Indian journal of veterinary science and animal husbandry - Volumes 26-27, 1956-1957
Year: 1956
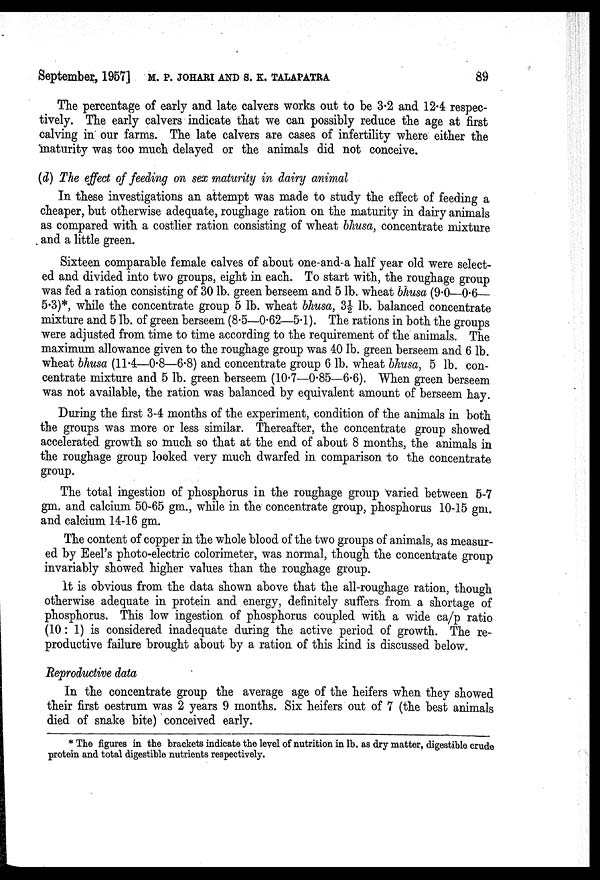
September, 1957] M. P. JOHARI AND S. K. TALAPATRA 89
The percentage of early and late calvers works out to be 3.2 and 12.4 respec-
tively. The early calvers indicate that we can possibly reduce the age at first
calving in our farms. The late calvers are cases of infertility where either the
maturity was too much delayed or the animals did not conceive.
(d) The effect of feeding on sex maturity in dairy animal
In these investigations an attempt was made to study the effect of feeding a
cheaper, but otherwise adequate, roughage ration on the maturity in dairy animals
as compared with a costlier ration consisting of wheat bhusa, concentrate mixture
and a little green.
Sixteen comparable female calves of about one-and-a half year old were select-
ed and divided into two groups, eight in each. To start with, the roughage group
was fed a ration consisting of 30 lb. green berseem and 5 lb. wheat bhusa (9.0—0.6—
5.3)*, while the concentrate group 5 lb. wheat bhusa, 3½ lb. balanced concentrate
mixture and 5 lb. of green berseem (8.5—0.62—5.1). The rations in both the groups
were adjusted from time to time according to the requirement of the animals. The
maximum allowance given to the roughage group was 40 lb. green berseem and 6 lb.
wheat bhusa (11.4—0.8—6.8) and concentrate group 6 lb. wheat bhusa, 5 lb. con-
centrate mixture and 5 lb. green berseem (10.7—0.85—6.6). When green berseem
was not available, the ration was balanced by equivalent amount of berseem hay.
During the first 3-4 months of the experiment, condition of the animals in both
the groups was more or less similar. Thereafter, the concentrate group showed
accelerated growth so much so that at the end of about 8 months, the animals in
the roughage group looked very much dwarfed in comparison to the concentrate
group.
The total ingestion of phosphorus in the roughage group varied between 5-7
gm. and calcium 50-65 gm., while in the concentrate group, phosphorus 10-15 gm.
and calcium 14-16 gm.
The content of copper in the whole blood of the two groups of animals, as measur-
ed by Eeel's photo-electric colorimeter, was normal, though the concentrate group
invariably showed higher values than the roughage group.
It is obvious from the data shown above that the all-roughage ration, though
otherwise adequate in protein and energy, definitely suffers from a shortage of
phosphorus. This low ingestion of phosphorus coupled with a wide ca/p ratio
(10: 1) is considered inadequate during the active period of growth. The re-
productive failure brought about by a ration of this kind is discussed below.
Reproductive data
In the concentrate group the average age of the heifers when they showed
their first oestrum was 2 years 9 months. Six heifers out of 7 (the best animals
died of snake bite) conceived early.
*The figures in the brackets indicate the level of nutrition in lb. as dry matter, digestible crude
protein and total digestible nutrients respectively.